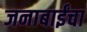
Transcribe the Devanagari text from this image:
जनाबाईंचा